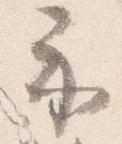
示